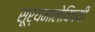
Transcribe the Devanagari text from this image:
सूर्यमालेविषयी